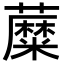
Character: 𧂾